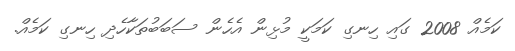
ކަމެއް 2008 ގައި ހިނގި ކަމަކީ މުޅިން އެހެން ސަބަބުތަކާހެދި ހިނގި ކަމެއް.